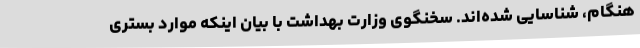
هنگام، شناسایی شده‌اند. سخنگوی وزارت بهداشت با بیان اینکه موارد بستری